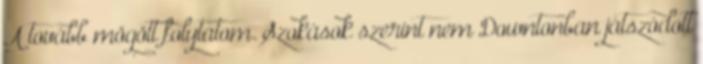
A tovább mögött folytatom. Szokások szerint nem Downtonban játszódott